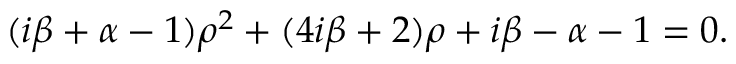
( i \beta + \alpha - 1 ) \rho ^ { 2 } + ( 4 i \beta + 2 ) \rho + i \beta - \alpha - 1 = 0 .